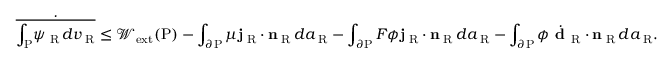
\dot { \overline { { \int _ { \mathrm { P } } \! \psi _ { \mathrm { \tiny ~ R } } \, d v _ { \mathrm { \tiny ~ R } } } } } \le \mathcal { W } _ { \mathrm { e x t } } ( \mathrm { P } ) - \int _ { \partial \mathrm { P } } \mu { \bf j } _ { \mathrm { \tiny ~ R } } \cdot { \bf n } _ { \mathrm { \tiny ~ R } } \, d a _ { \mathrm { \tiny ~ R } } - \int _ { \partial \mathrm { P } } F \phi { \bf j } _ { \mathrm { \tiny ~ R } } \cdot { \bf n } _ { \mathrm { \tiny ~ R } } \, d a _ { \mathrm { \tiny ~ R } } - \int _ { \partial \mathrm { P } } \phi \dot { \textbf { d } } _ { \mathrm { R } } \cdot { \bf n } _ { \mathrm { \tiny ~ R } } \, d a _ { \mathrm { \tiny ~ R } } .